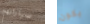
سياراتهم يكون